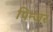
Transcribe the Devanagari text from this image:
पिन्जर